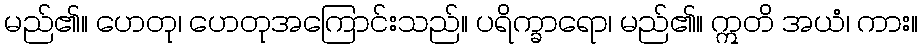
မည်၏။ ဟေတု၊ ဟေတုအကြောင်းသည်။ ပရိက္ခာရော၊ မည်၏။ ဣတိ အယံ၊ ကား။